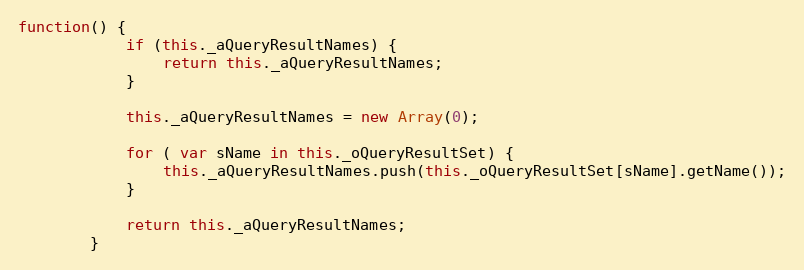
Language: JavaScript
function() {
			if (this._aQueryResultNames) {
				return this._aQueryResultNames;
			}

			this._aQueryResultNames = new Array(0);

			for ( var sName in this._oQueryResultSet) {
				this._aQueryResultNames.push(this._oQueryResultSet[sName].getName());
			}

			return this._aQueryResultNames;
		}